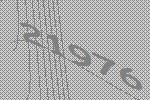
21976